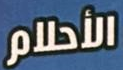
الأحلام